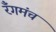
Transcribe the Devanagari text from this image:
रँगमंच